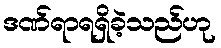
ဒဏ်ရာရရှိခဲ့သည်ဟု